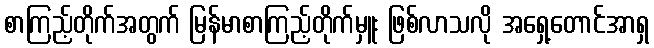
စာကြည့်တိုက်အတွက် မြန်မာစာကြည့်တိုက်မှူး ဖြစ်လာသလို အရှေ့တောင်အာရှ